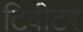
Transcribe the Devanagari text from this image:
टिवीटर